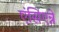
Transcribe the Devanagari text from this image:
एंसिएन्ने